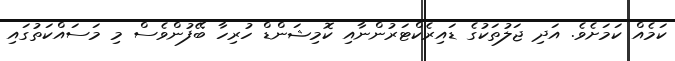
ކަމެއް ކަމަށެވެ. އަދި ޖަލުތަކުގެ ޑައިރެކްޓަރުންނާއި ކޮމިޝަންޑް ހުރިހާ ބޭފުުންވެސް މި މަސައްކަތުގައި